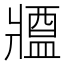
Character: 𤖙